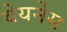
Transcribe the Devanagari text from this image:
वेयर्नेस